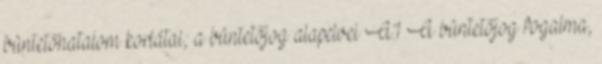
büntetőhatalom korlátai; a büntetőjog alapelvei A.1 A büntetőjog fogalma,